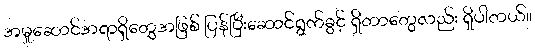
အမှုဆောင်အရာရှိတွေအဖြစ် ပြန်ပြီးဆောင်ရွက်ခွင့် ရှိတာတွေလည်း ရှိပါတယ်။